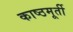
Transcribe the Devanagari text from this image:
काष्ठमूर्ती